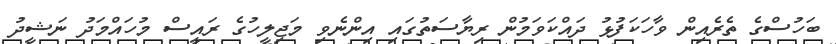
ބަހުސްގެ ތެރެއިން ވާހަކަފުޅު ދައްކަވަމުން ރިޔާސަތުގައި އިންނެވި މަޖިލީހުގެ ރައީސް މުހައްމަދު ނަޝީދު